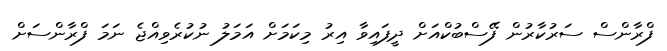
ފްރާންސް ސަރުކާރުން ފޭސްބުކްއަށް ދީފައިވާ އިރު މިކަމަށް އަމަލު ނުކުރެވިއްޖެ ނަމަ ފްރާންސަށް